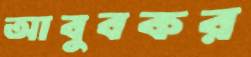
আবুবকর